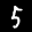
Label: 5